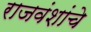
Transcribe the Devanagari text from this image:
राजवंशांचे